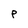
Character: P